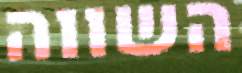
השווה